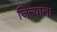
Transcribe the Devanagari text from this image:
जिन्याला